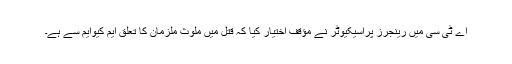
اے ٹی سی میں رینجرز پراسیکیوٹر نے مؤقف اختیار کیا کہ قتل میں ملوث ملزمان کا تعلق ایم کیوایم سے ہے۔